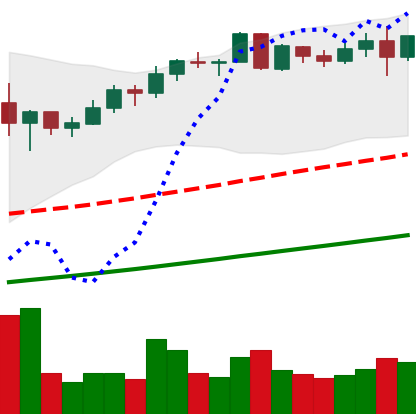
Ticker: BNB-USD
Chart end date: 2021-05-11
Forward return: -16.287%
Label: down_7plus